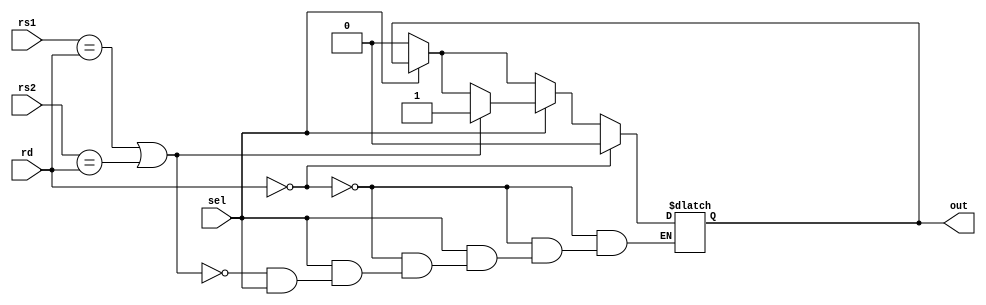
`timescale 1ns / 1ps

module hazard(input [4:0] rs1, rs2, rd, input sel, output reg out);
always @(*)
begin
if (sel == 0)
out = 0;
if (rd ==0)
out = 0;
else 
begin
if (sel)
begin
if((rs1 == rd) || (rs2 == rd))
out = 1;
end
end
end
endmodule